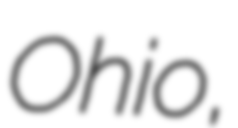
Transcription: Ohio,